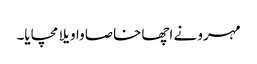
مہرو نے اچھا خاصا واویلا مچایا۔